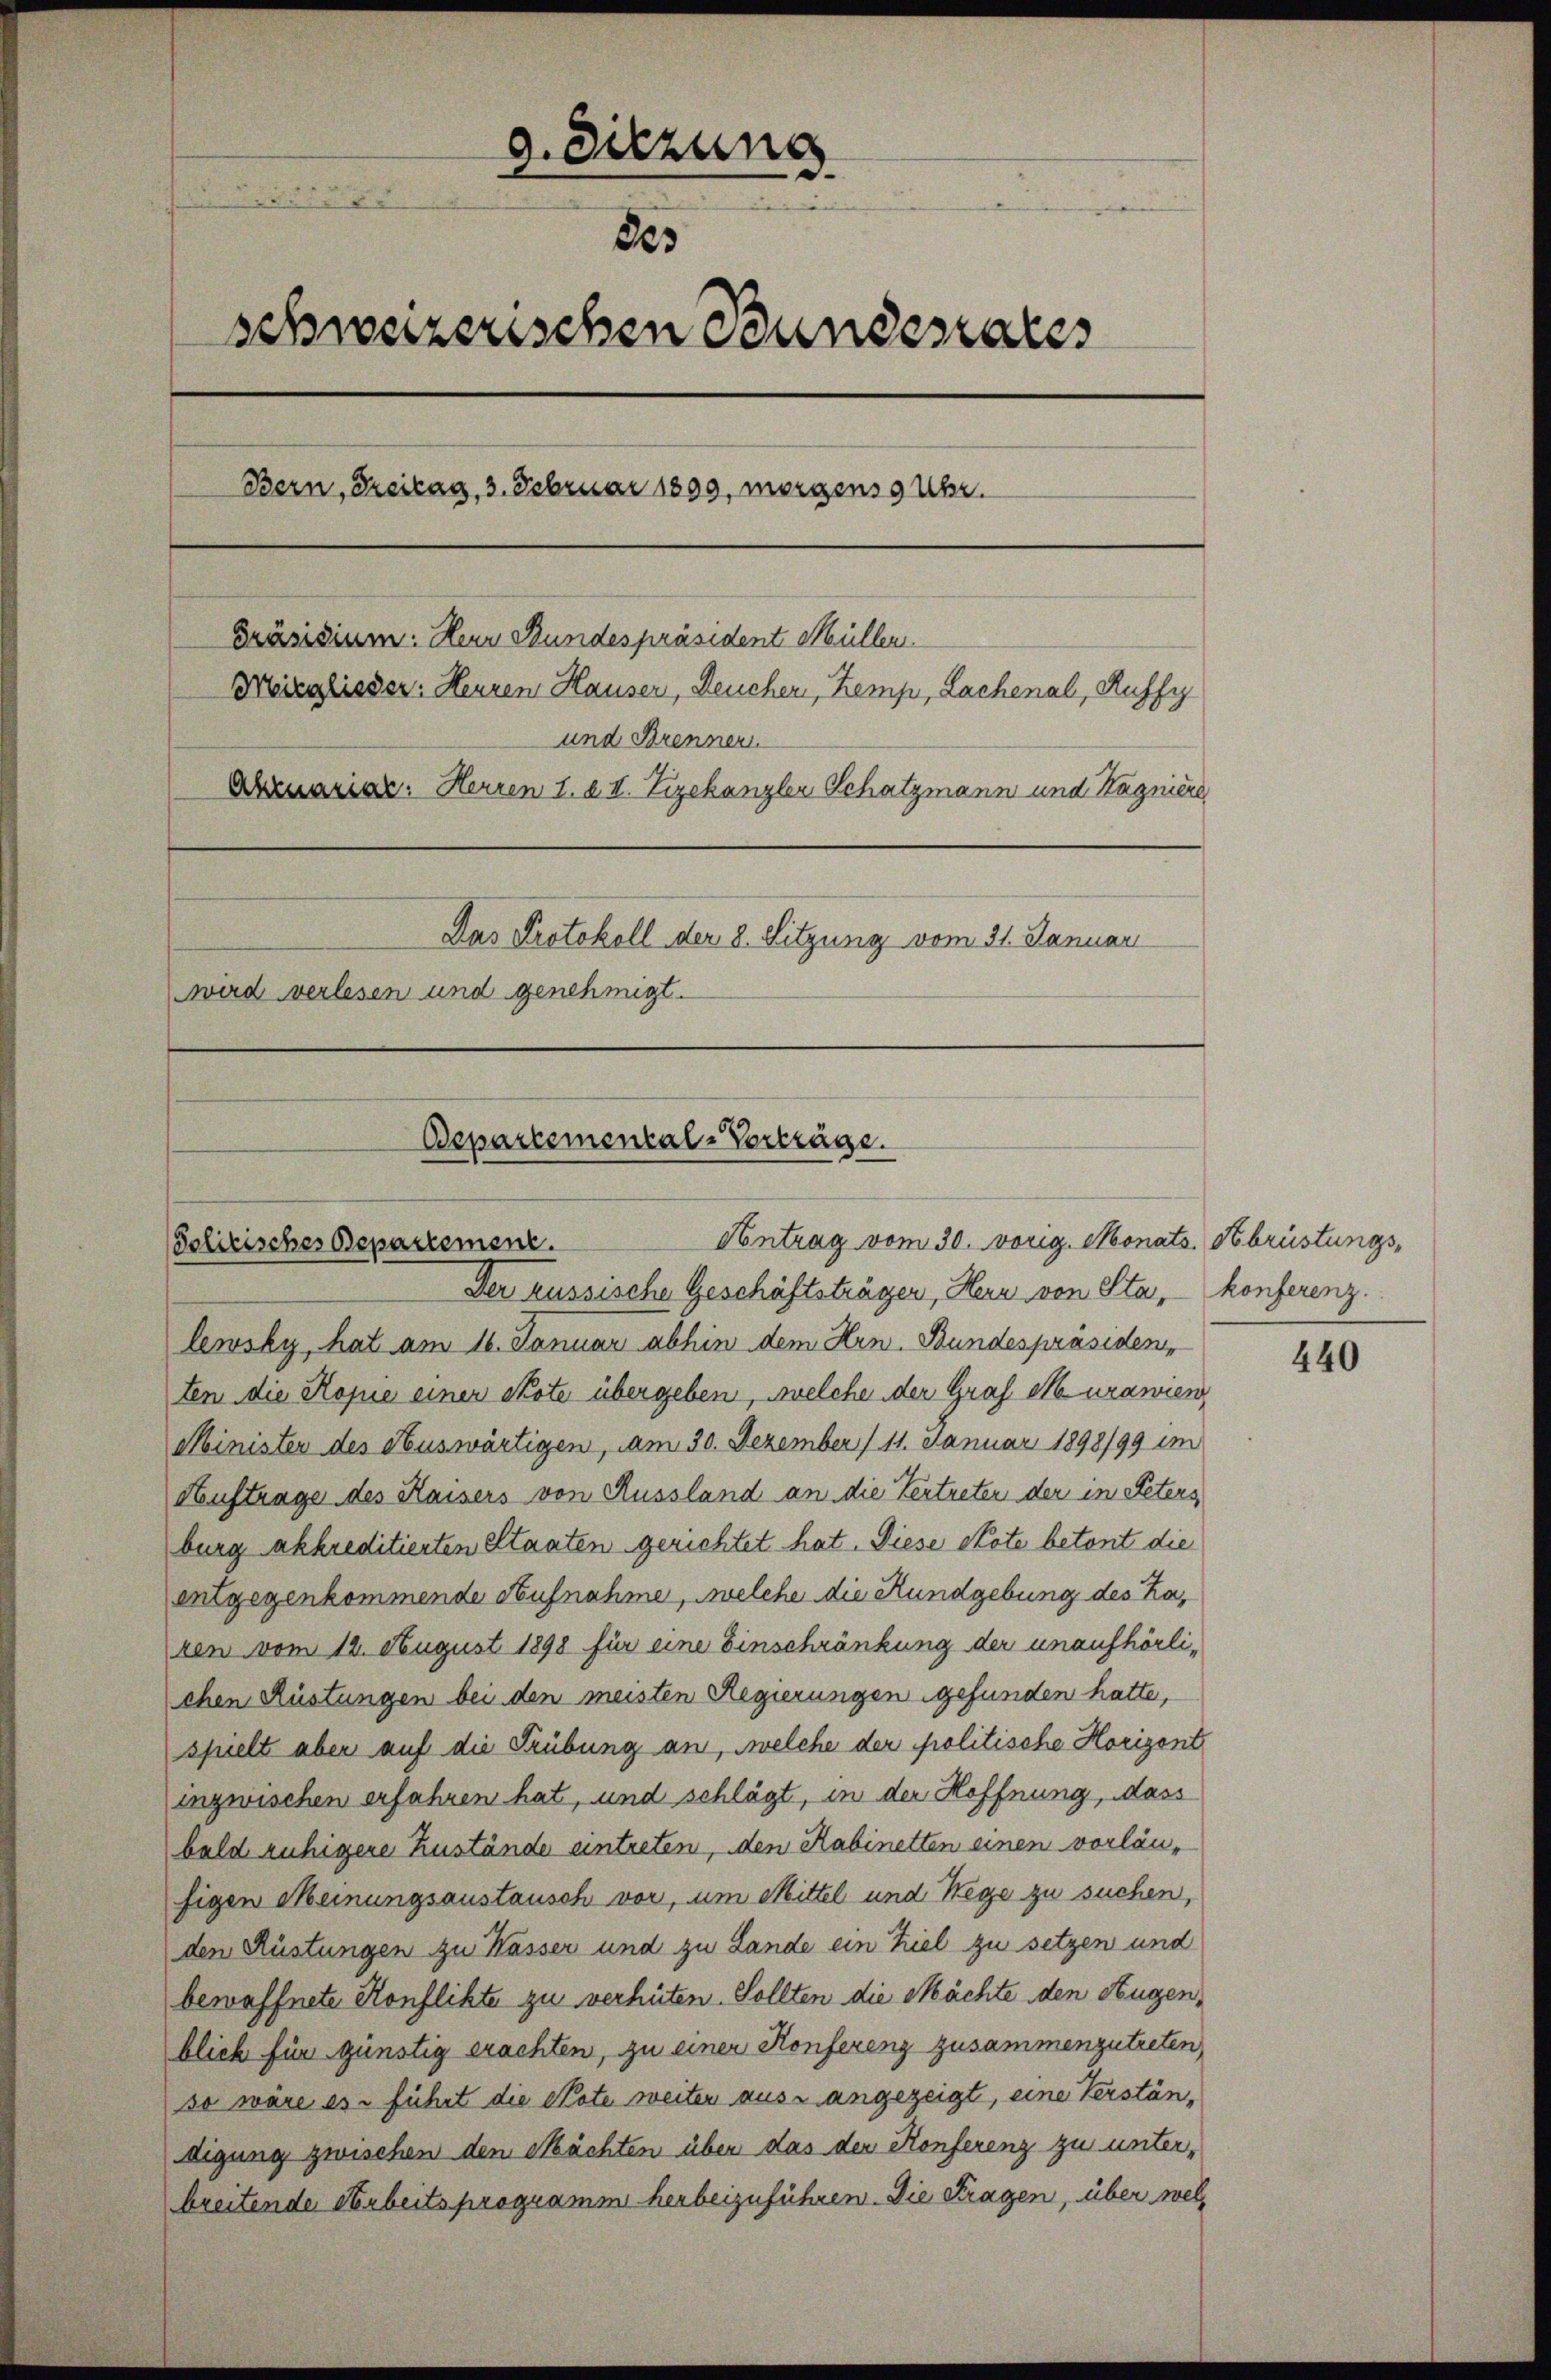
a. Sitzung
.
203
schweizerischen Bundesrates
Bern, Freitag, 3. Februar 1899, morgens 9 Uhr.
Präsidium. Herr Bundespräsident Müller.
Mreglieder: Herren Hauser, Reuchen, Kemp, Lachenal, Ruffy
und Brenner
Abruarial. Herren 1. 2. II. Vizekanzler Schatzmann und Hagniere,
Das Protokoll der 8. Sitzung vom 31. Januar
wird verlesen und genehmigt.

Departemental-Vorträge.
Antrag vom 30. vorig. Monats. Hbrüstungs¬
Solitisches Departement.

Der russische Geschäftsträgen, Herr von Sta, - konferenz.
lewsky, hat am 16. Januar abhin dem Hrn. Bundespräsiden,
ten die Kopie einer Skote übergeben, welche der Graf Murawien,
Minister des Auswärtigen, am 30. Dezember 111. Januar 1898/99 im
Auftrage des Kaisers von Aussland an die Vertreter der in Peters
burg akkreditierten Staaten gerichtet hat. Diese stote betont die
entgegenkommende Aufnahme, welche die Rundgebung des Karen vom 12. August 1898 für eine Einschränkung der unaufhörli-
chen Rüstungen bei den meisten Regierungen gefunden hatte,
spielt aber auf die Trübung an, welche der politische Horigent
inzwischen erfahren hat, und schlägt, in der Hoffnung, dass
bald ruhigere Zustände eintreten, den Kabinetten einen vorläufigen Meinungsaustausch vor, um Mittel und Wege zu suchen,
den Küstungen zu Wasser und zu Lande ein Ziel zu setzen und
bewaffnete Konflikte zu verhüten. Sollten die Mächte den Augenblich für günstig erachten, zu einer Konferenz zusammenzutreten,
so wäre es führt die Note weiter aus angezeigt, eine Verständigung zwischen den Mächten über das der Konferenz zu unterbreitende Arbeitsprogramm herbeizuführen. Die Fragen, über wel¬

440